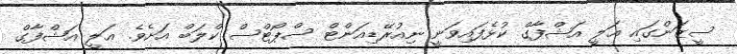
ސީޒަންގައި ޢަލީ އަޝްފާގް ކުޅެފައިވަނީ ނިއުރޭޑިއަންޓް ސްޕޯޓްސް ކްލަބް އަށެވެ. ޢަލީ އަޝްފާގް